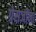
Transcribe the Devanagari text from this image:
ग्रेसजींना